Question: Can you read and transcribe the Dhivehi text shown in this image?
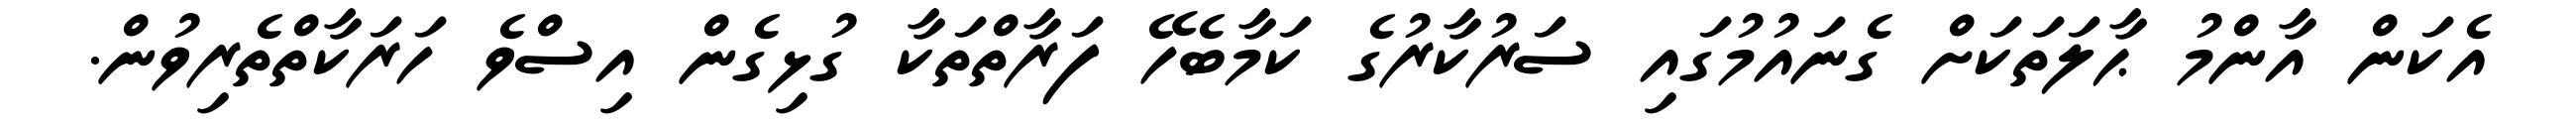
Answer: އެކަން އާންމު ޙާލަތަކަށް ގެނައުމުގައި ސަރުކާރުގެ ކަމާބެހޭ ފަރާތްތަކާ ގުޅިގެން އިސްވެ ހަރަކާތްތެރިވުން.